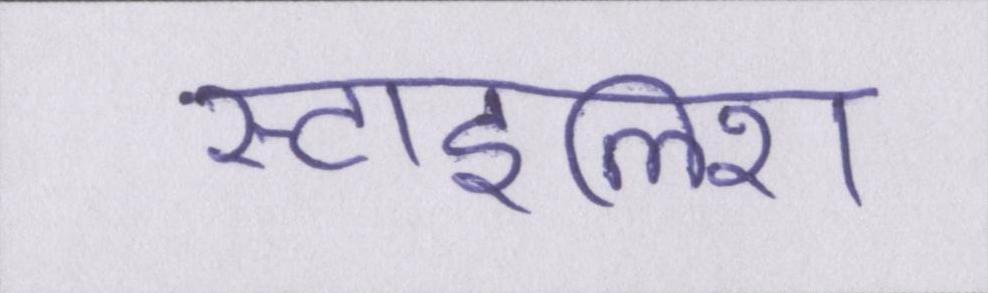
स्टाइलिश